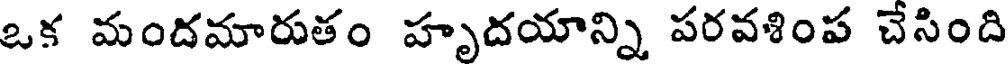
ఒక మందమారుతం హృదయాన్ని పరవళింప చేసింది